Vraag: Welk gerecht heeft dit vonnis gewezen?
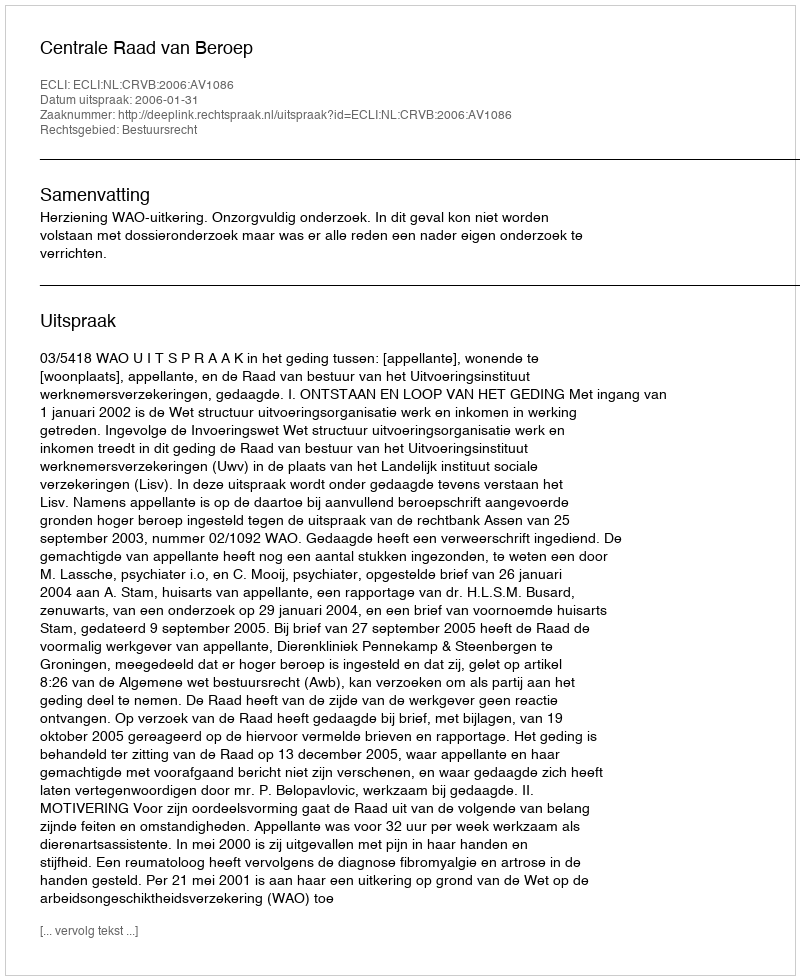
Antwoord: Centrale Raad van Beroep